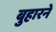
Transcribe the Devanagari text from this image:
बुहारने